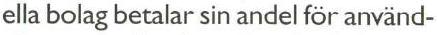
ella bolag betalar sin andel för använd-